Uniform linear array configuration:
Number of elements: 8
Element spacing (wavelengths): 0.5
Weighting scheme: cosine
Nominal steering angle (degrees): -15
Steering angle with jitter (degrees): -16.715
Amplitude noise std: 0.05
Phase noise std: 0.05

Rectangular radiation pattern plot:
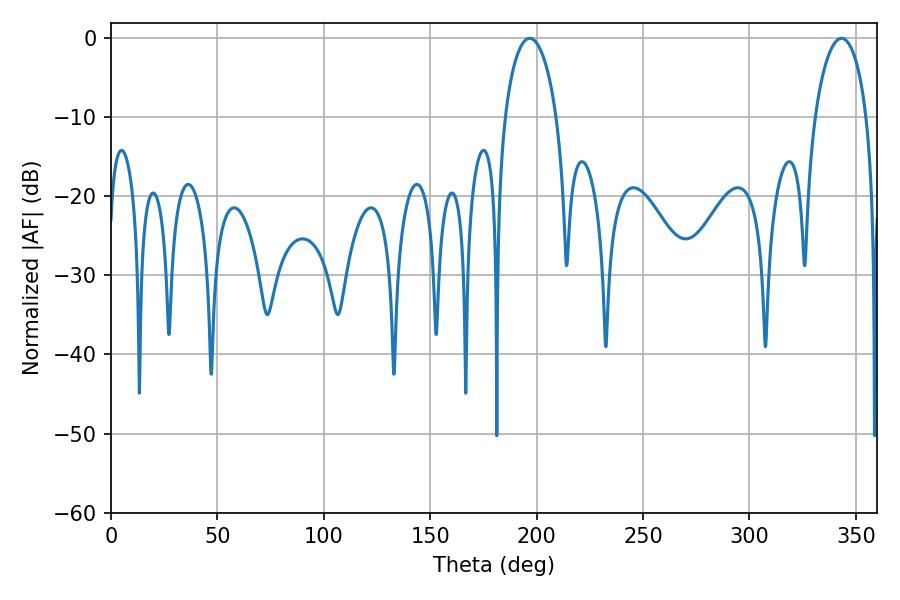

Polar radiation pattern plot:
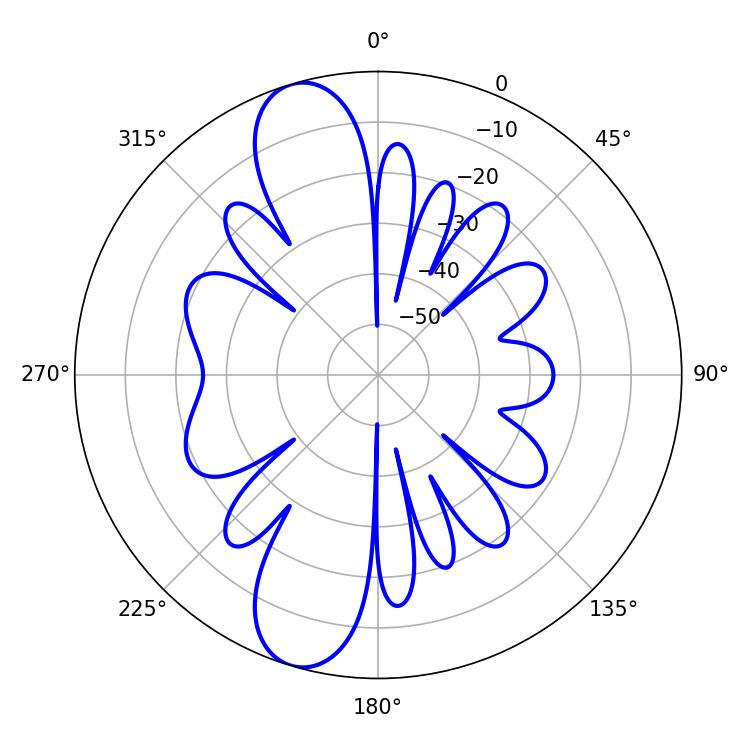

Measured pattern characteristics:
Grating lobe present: FALSE
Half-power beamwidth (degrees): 13.86
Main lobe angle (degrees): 196.74